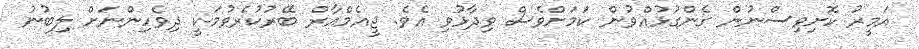
އަމީރު ކޮށިވިސްނުން ގެންގުޅުއްވުން ކަމަށްވެސް ވިދާޅުވި އެވެ. ޖީއެމްއާރް ބޭރުކުރެވުމަކީ ދިވެހިންނަށް ލިބުނު